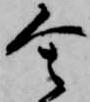
舎